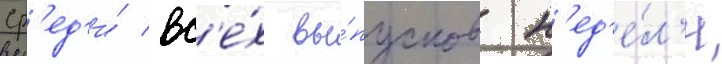
ср'ед'и́ вс'е́х вы́пусков н'ед'е́л'и